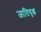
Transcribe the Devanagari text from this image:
जातिवृक्ष